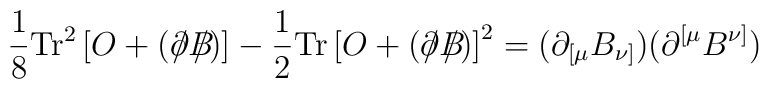
\frac{1}{8}\mathrm{Tr}^{2}\left[  O+\left(  \partial\!\!\!/B\!\!\!\!/\right)\right]  -\frac{1}{2}\mathrm{Tr}\left[  O+\left(  \partial\!\!\!/B\!\!\!\!/\right)  \right]  ^{2}=(\partial_{\lbrack\mu}B_{\nu]})(\partial^{\lbrack\mu}B^{\nu]})